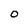
Character: o